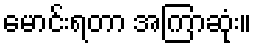
မောင်းရတာ အကြာဆုံး။